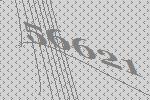
56621